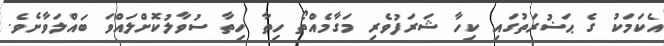
އެކަމަކު ގެ ޙަޟުރަތުގައި ކިހާ ޝަރަފުވެރި މަގާމެއްތޯ ހިތާ ހިތާ ސުވާލުކޮށްލައްވަ ބައްލަވާށެވެ.